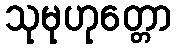
သုမုဟုတ္တော